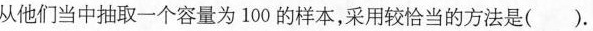
从他们当中抽取一个容量为100的样本，采用较恰当的方法是()。